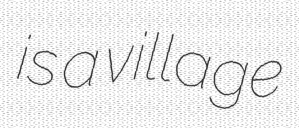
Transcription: is a village